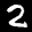
Label: 2